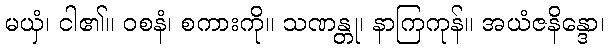
မယှံ၊ ငါ၏။ ဝစနံ၊ စကားကို။ သဏန္တု၊ နာကြကုန်။ အယံဇနိန္ဒော၊